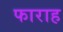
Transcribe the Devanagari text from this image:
फाराह